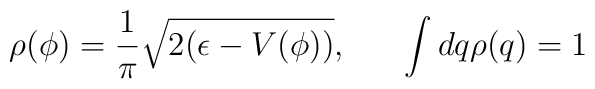
\rho(\phi) = \frac{1}{\pi} \sqrt{2(\epsilon - V(\phi))}, \;\;\;\;\;\; \int dq \rho (q) = 1